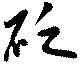
砭